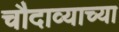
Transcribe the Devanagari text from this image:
चौदाव्याच्या